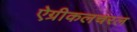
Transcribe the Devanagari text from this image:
ऐग्रीकलचरल